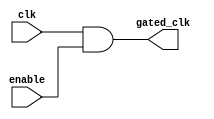
module conditional_clock_gating (
    input wire clk,            // Primary clock signal
    input wire enable,         // Enable signal for clock gating
    output wire gated_clk      // Gated clock output
);

    // Clock gating logic
    assign gated_clk = clk & enable;

endmodule